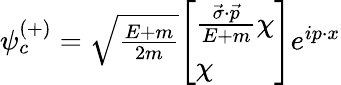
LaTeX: \psi_{c}^{(+)}=\textstyle{\sqrt{\frac{E+m}{2m}}}{\left[\begin{array}{l}{{\frac{{\vec{\sigma}}\cdot{\vec{p}}}{E+m}}\chi}\\ {\chi}\end{array}\right]}e^{ip\cdot x}